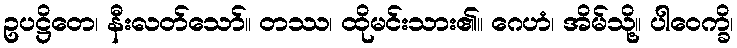
ဥပဋ္ဌိတေ၊ နီးလတ်သော်။ တဿ၊ ထိုမင်းသား၏။ ဂေဟံ၊ အိမ်သို့။ ပါဝေက္ခိ၊